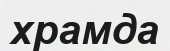
храмда